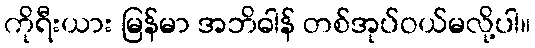
ကိုရီးယား မြန်မာ အဘိဓါန် တစ်အုပ်ဝယ်မလို့ပါ။